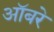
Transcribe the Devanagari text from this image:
ऑबरे